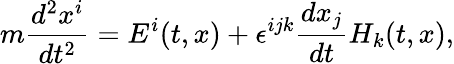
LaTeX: m\frac{d^{2}x^{i}}{dt^{2}}=E^{i}(t,x)+\epsilon^{ijk}\frac{dx_{j}}{dt}H_{k}(t,x),